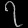
Digit: ၇